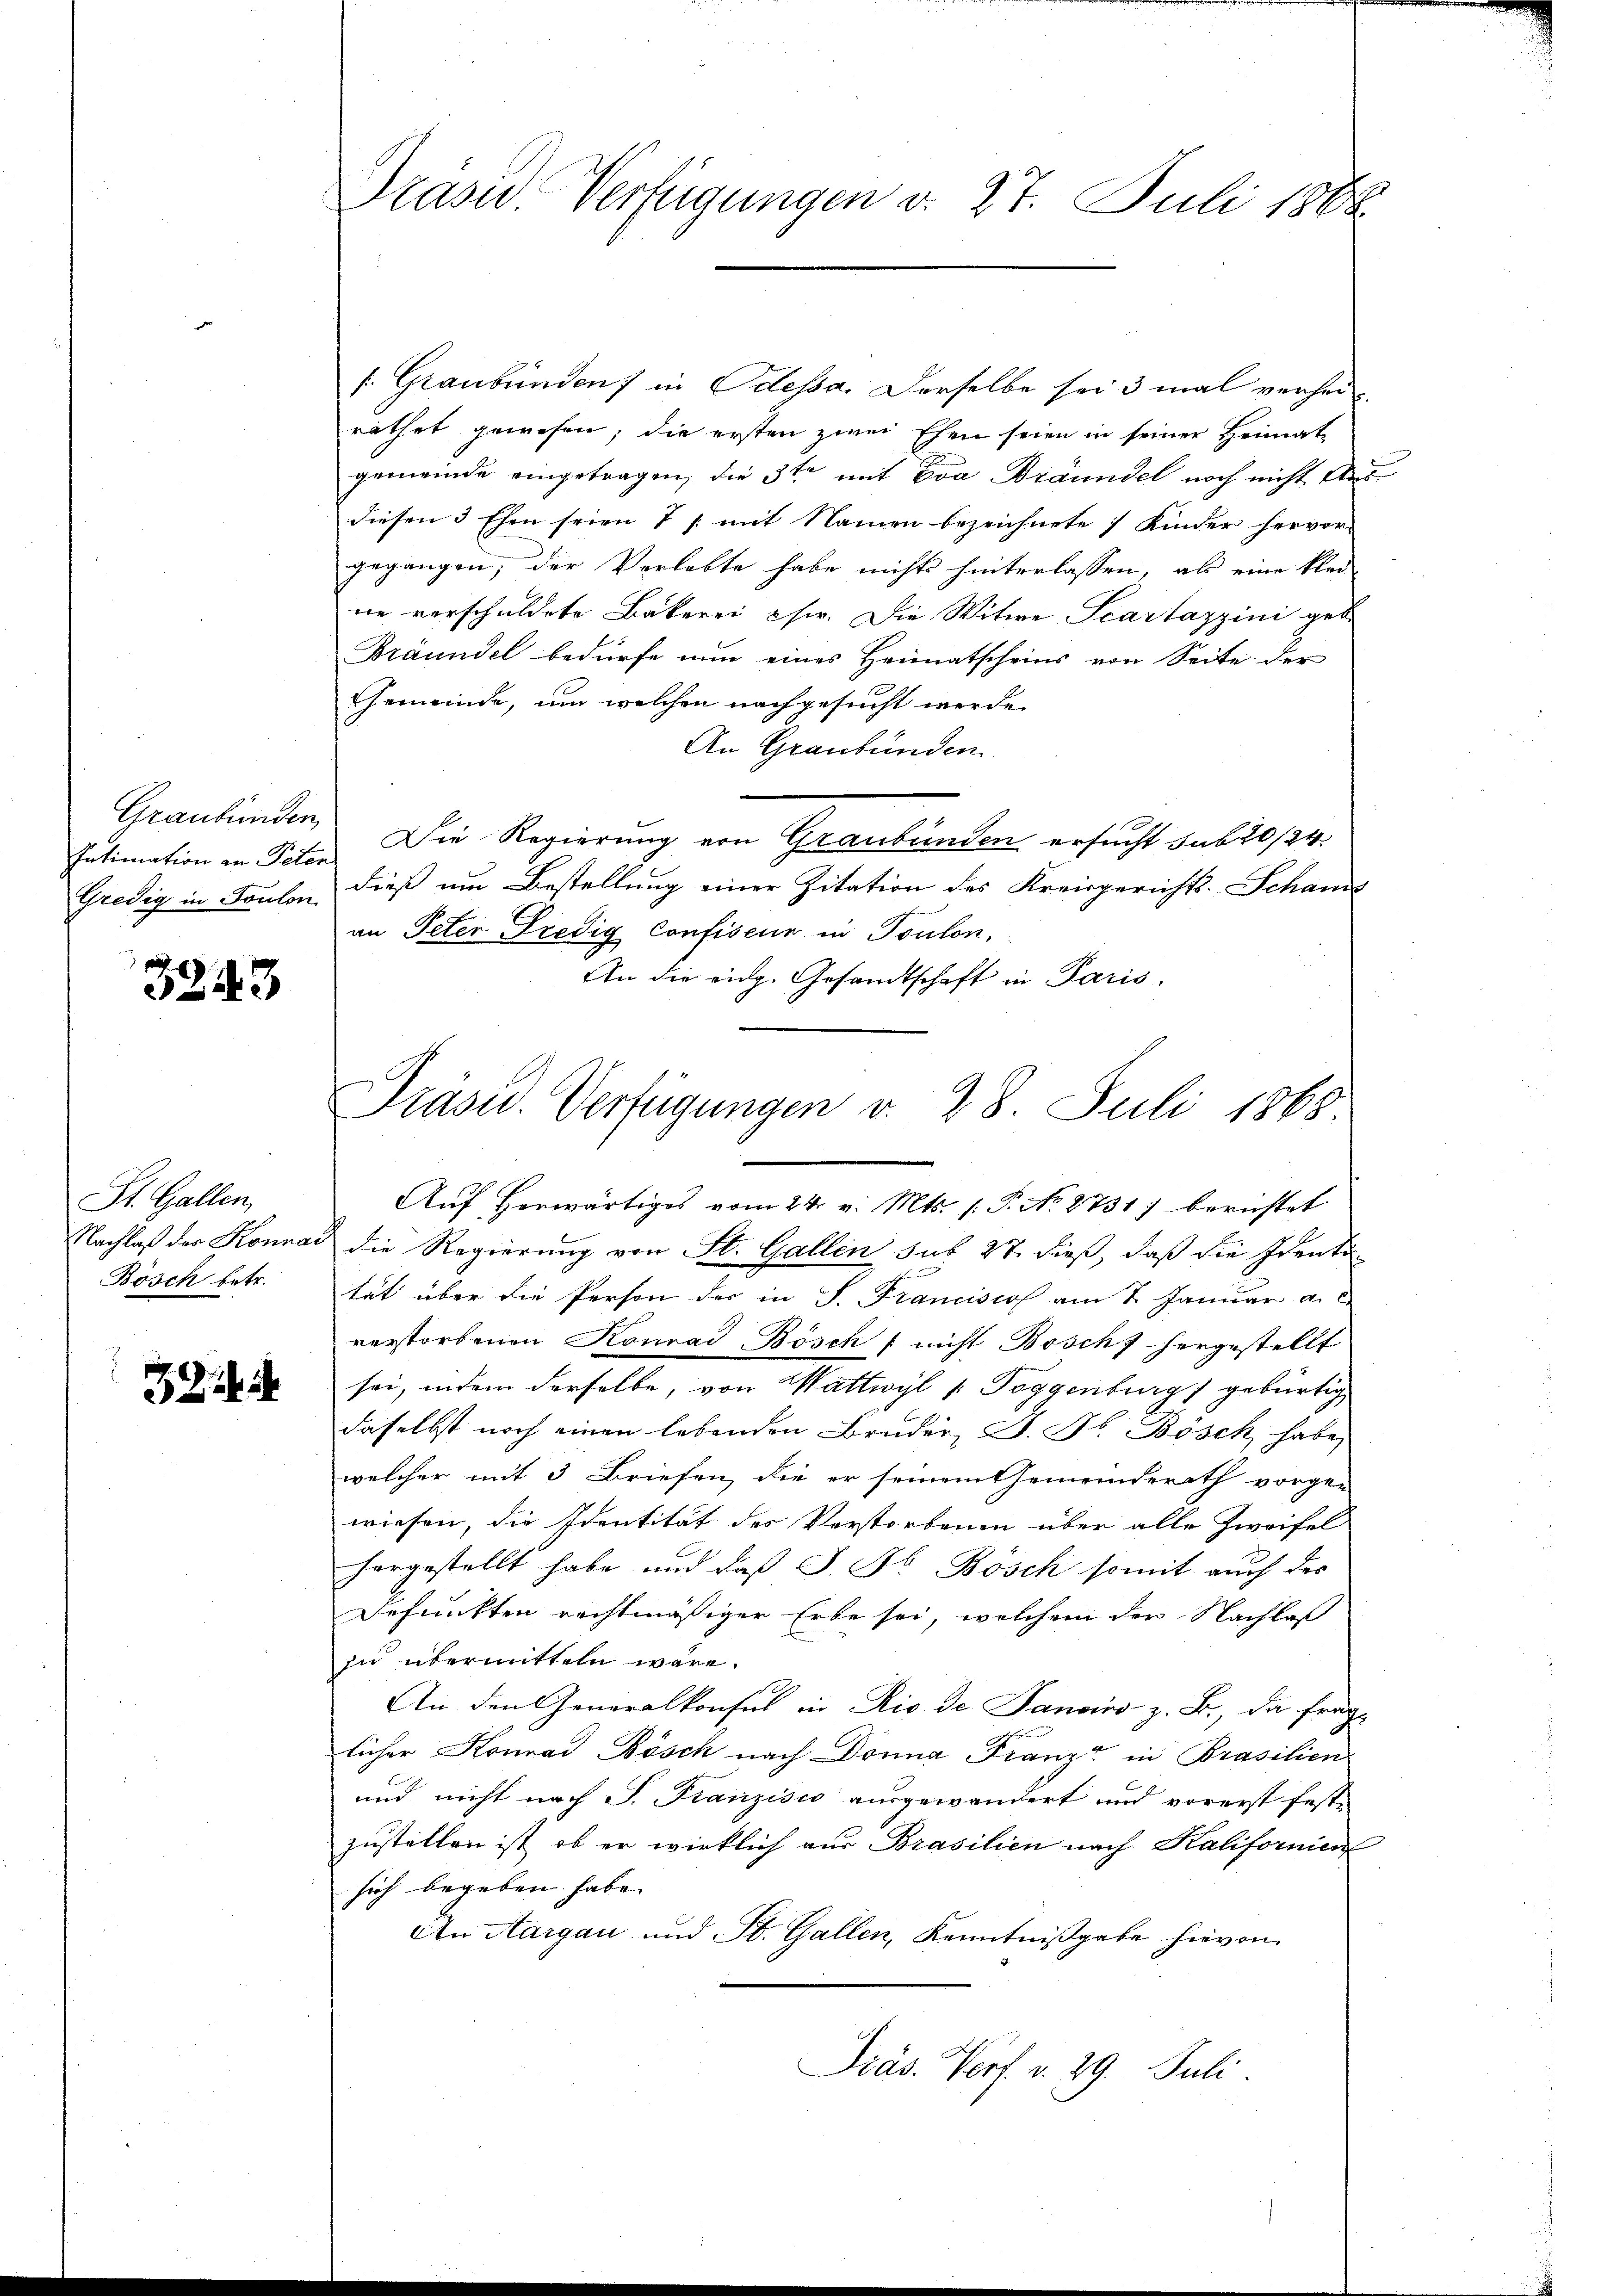
Intimation an Peten

3243

St. Gallen,
Nachlaß des Konna
Bösch betr.

Präsid.. Verfügungen v. 27. Juli 1888

s. Graubünden) in Odessa. Derselbe sei 3 mal verherrathet gewesen; die ersten zwei Ehen seien in seiner Heimat
gemeinde eingetragen, die 3te mit Eva Bräundel noch nicht des
diesen 3 Ehen seien 7 /: mit Namen bezeichnete Kinder hervor-
gegangen, der Verlebte habe nichts hinterlassen, als eine klei
ne verschuldete Bäkerei chir. Die Witwe Scartazzini geb.
Bräundel bedürfe nun eines Heimatscheins von Seite der
Gemeinde, um welchen nachgesucht werde.
An Graubünden.
Graubünden Die Regierung von Graubünden ersucht sub 20/24.
Gredig in Toulon dieß um Bestellung einer Zitation des Kreisgerichts- Schaus
an Peter Fredig Confiseur in Toulon,
An die eidg. Gesandtschaft in Paris.
Auf herwärtiges vom 24. v. Mts. 1. P. No 2731) berichtet
die Regierung von St. Gallen sub 27. dieß, daß die Identität über die Person der in S. Franciscos am 7. Januar a.
verstorbenen Konrad Bösch / nicht Bosch hergestellt
sei, indem derselbe, von Wattwyl & Toggenburg) gebürtig
daselbst noch einen lebenden Bruder, J. Jb. Bösch habe,
welcher mit 3 Briefen, die er seinem Gemeinderath vorgen
wiesen, die Identität des Verstorbenen über alle Zweifel
hergestellt habe und daß J. Dr Bösch somit auch der
defunkten rechtmäßiger Erbe sei, welchem der Nachlaß
zu übermitteln wäre.
An den Generalkonsul in Rio de Janviso z. B., da frag
licher Konrad Bösch nach Donna Franz in Prasilien
und nicht nach P. Franzisco ausgewandert und vorerst festzustellen ist, ob er wirklich aus Brasilien nach Kalifornien
sich begeben habe. |
An Aargau und St. Gallen, Kenntnißgabe hievon
Präs. Verf. v. 29. Juli.

Präsid. Verfügungen v. 28. Juli 1868